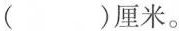
（ ）厘米。